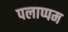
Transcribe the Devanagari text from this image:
पलाप्पम